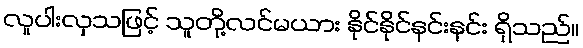
လူပါးလှသဖြင့် သူတို့လင်မယား နိုင်နိုင်နင်းနင်း ရှိသည်။